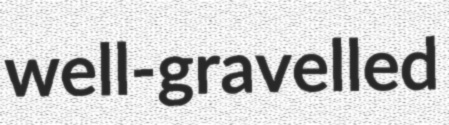
well-gravelled